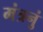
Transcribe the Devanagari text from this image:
मंत्रनुं